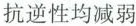
抗逆性均减弱